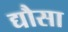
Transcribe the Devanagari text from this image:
द्यौसा